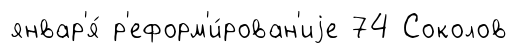
январ'я́ р'еформ'и́рован'иjе 74 Соколов